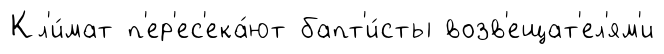
Кл'и́мат п'ер'ес'ека́ют бапт'и́сты возв'ещат'ел'ям'и